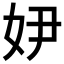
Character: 𡛂